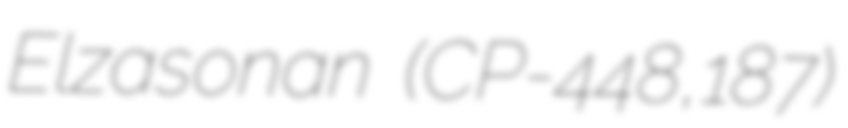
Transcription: Elzasonan (CP-448,187)